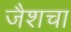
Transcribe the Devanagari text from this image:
जैशचा